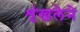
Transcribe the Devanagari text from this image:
शृंखलेने